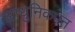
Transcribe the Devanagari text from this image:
आधुनिकपन